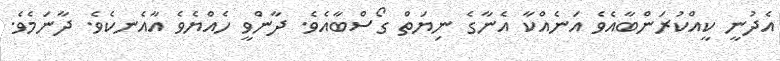
އެދުނީ ކީއްކުރަންބާއެވެ އަނެއްކާ އެނާގެ ނިޔަތް ގޯސްބާއެވެ. ދާންވީ ހެއްޔެވެ އާއެނކެވެ. ދާނަމެވެ.